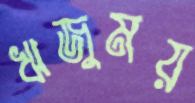
ঋজুময়